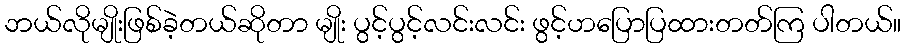
ဘယ်လိုမျိုးဖြစ်ခဲ့တယ်ဆိုတာ မျိုး ပွင့်ပွင့်လင်းလင်း ဖွင့်ဟပြောပြထားတတ်ကြ ပါတယ်။